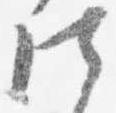
仕